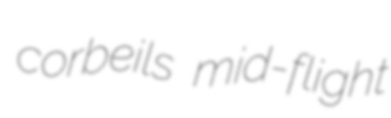
corbeils mid-flight